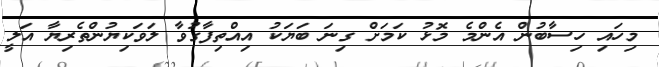
މިހައި ހިސާބުން އެންމެ މޮޅު ކަމަށް ގިނަ ބަޔަކު އިއްތިފާގުވާ ލަވަކިޔުންތެރިޔާ އަލީ